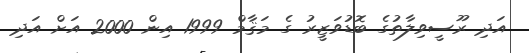
އަދި ރޫސީވިލާތުގެ ބޮޑުވަޒީރު ގެ މަޤާމް 1999 އިން 2000 އަށް އަދި